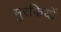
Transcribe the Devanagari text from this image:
मुरकियों